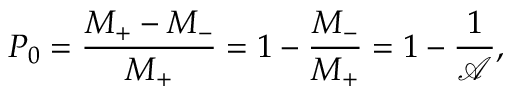
P _ { 0 } = \frac { M _ { + } - M _ { - } } { M _ { + } } = 1 - \frac { M _ { - } } { M _ { + } } = 1 - \frac { 1 } { \mathcal { A } } ,